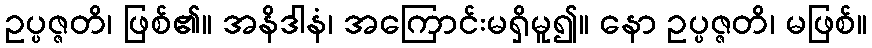
ဥပ္ပဇ္ဇတိ၊ ဖြစ်၏။ အနိဒါနံ၊ အကြောင်းမရှိမူ၍။ နော ဥပ္ပဇ္ဇတိ၊ မဖြစ်။